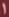
1